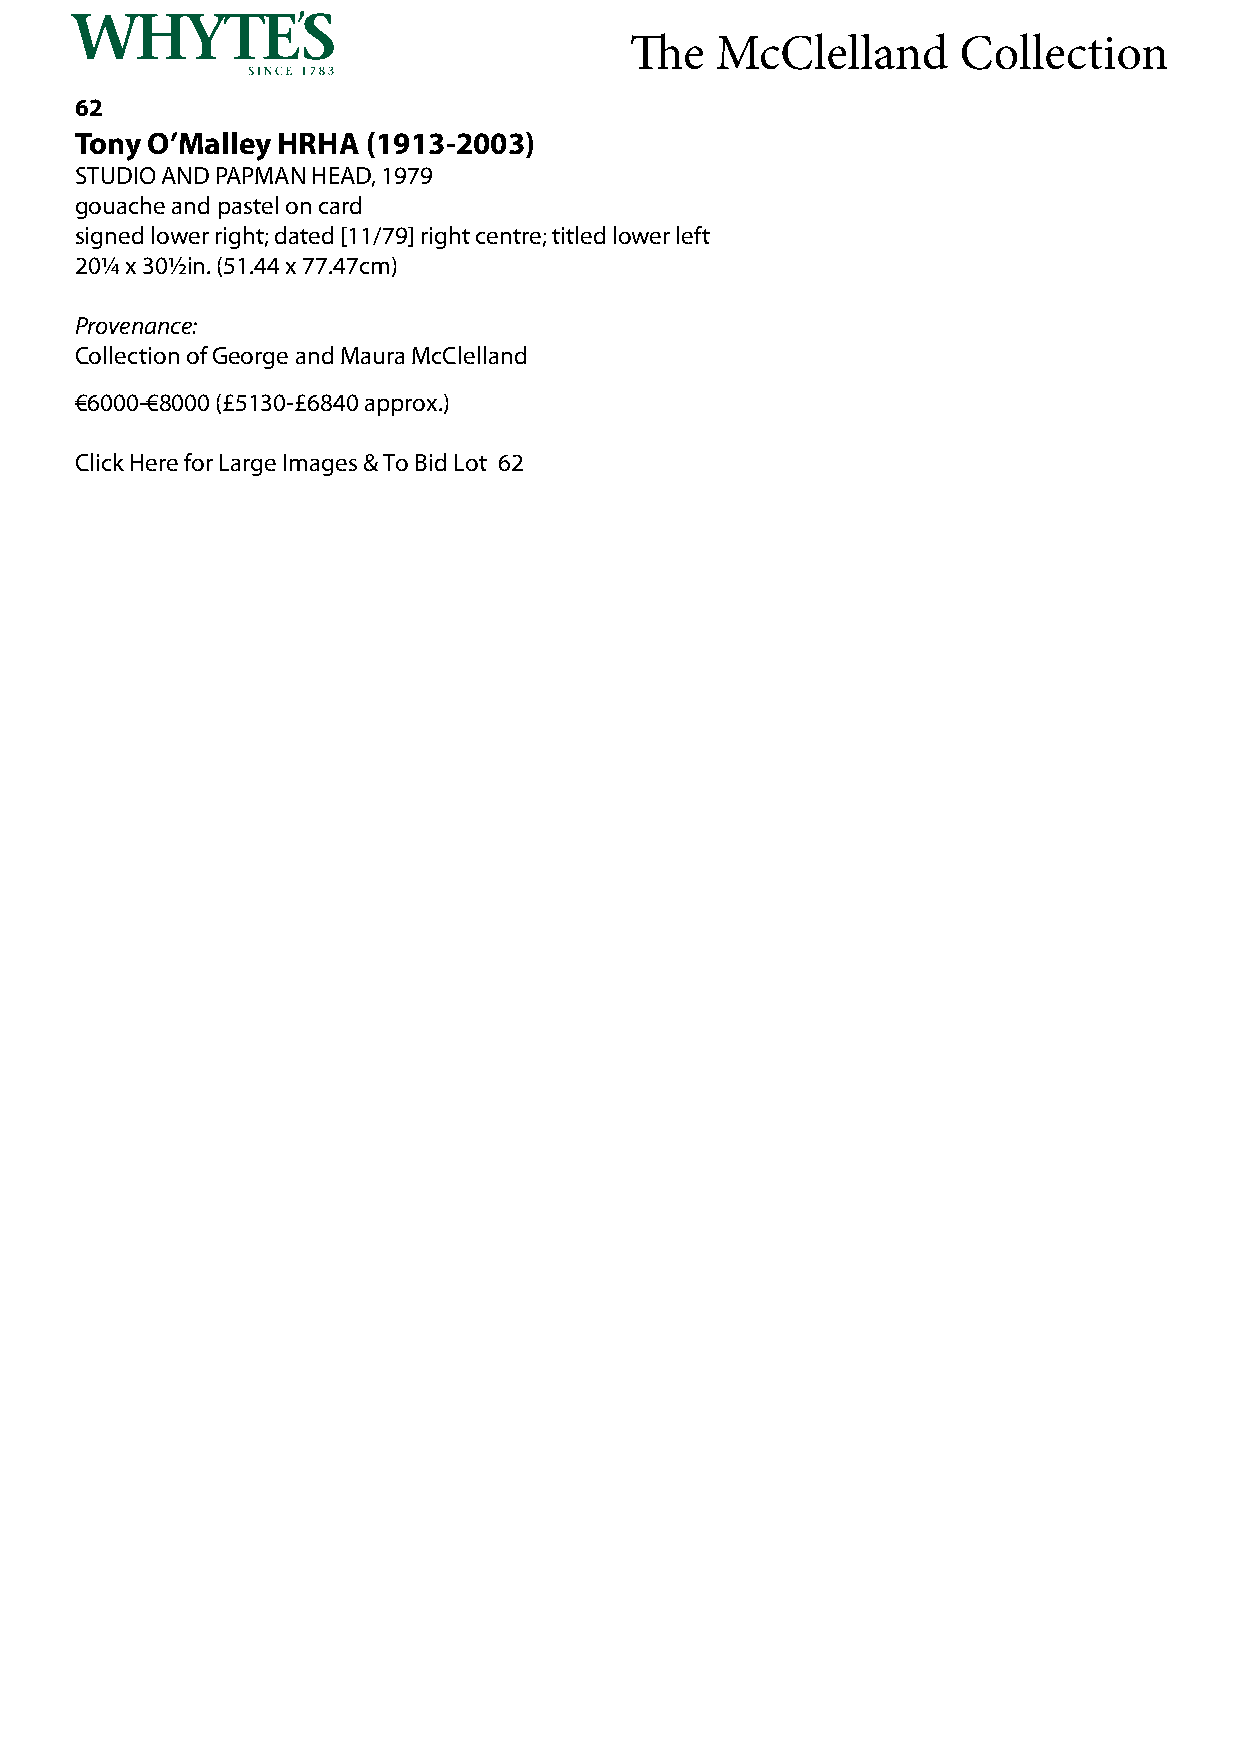
The  McClelland      Collection
 62
 Tony O’Malley HRHA (1913-2003)
 STUDIO AND PAPMAN HEAD, 1979
 gouache and pastel on card
 signed lower right; dated [11/79] right centre; titled lower left
 20¼ x 30½in. (51.44 x 77.47cm)
 Provenance:
 Collection of George and Maura McClelland
 €6000-€8000 (£5130-£6840 approx.)
 Click Here for Large Images & To Bid Lot 62